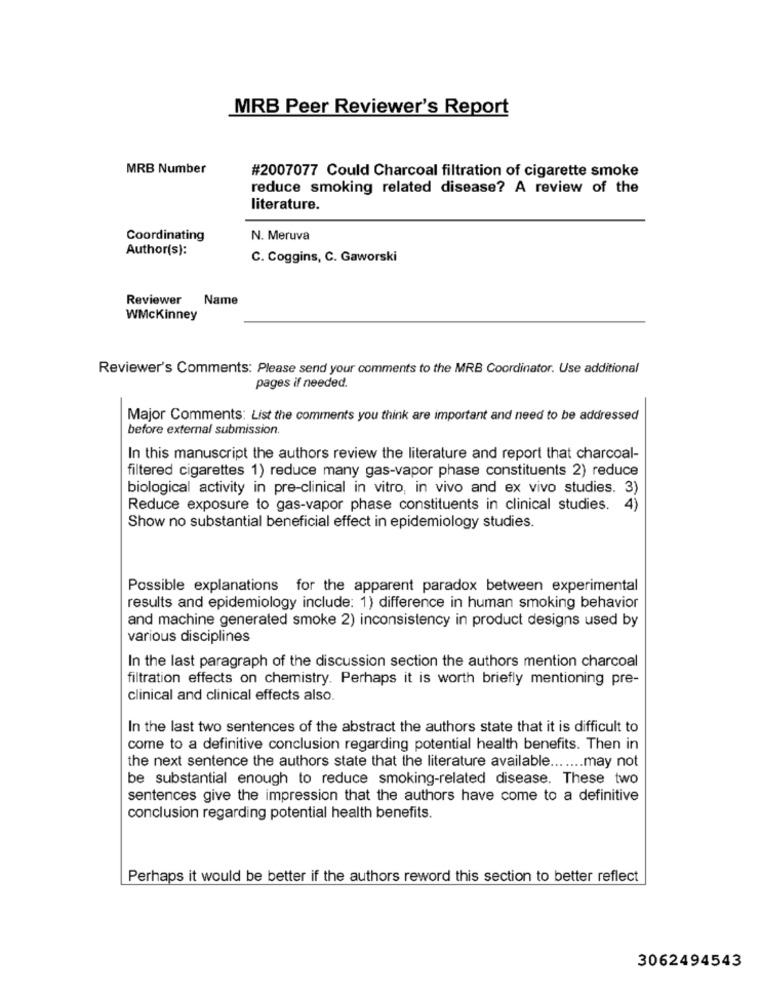
MRB Peer Reviewer's Report
MRB Number
#2007077 Could Charcoal filtration of cigarette smoke
reduce smoking related disease? A review of the
literature.
Coordinating
N. Meruva
Author(s):
C. Coggins, C. Gaworski
Reviewer
Name
WMckinney
Reviewer's Comments: Please send your comments to the MRB Coordinator. Use additional
pages if needed.
Major Comments: List the comments you think are important and need to be addressed
before external submission.
In this manuscript the authors review the literature and report that charcoal-
filtered cigarettes 1) reduce many gas-vapor phase constituents 2) reduce
biological activity in pre-clinical in vitro, in vivo and ex vivo studies. 3)
Reduce exposure to gas-vapor phase constituents in clinical studies. 4)
Show no substantial beneficial effect in epidemiology studies.
Possible explanations for the apparent paradox between experimental
results and epidemiology include: 1) difference in human smoking behavior
and machine generated smoke 2) inconsistency in product designs used by
various disciplines
In the last paragraph of the discussion section the authors mention charcoal
filtration effects on chemistry. Perhaps it is worth briefly mentioning pre-
clinical and clinical effects also.
In the last two sentences of the abstract the authors state that it is difficult to
come to a definitive conclusion regarding potential health benefits. Then in
the next sentence the authors state that the literature available ....... may not
be substantial enough to reduce smoking-related disease. These two
sentences give the impression that the authors have come to a definitive
conclusion regarding potential health benefits.
Perhaps it would be better if the authors reword this section to better reflect
3062494543